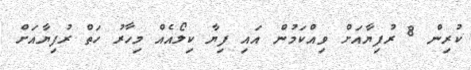
ކުރިން 8 ރުފިޔާއަށް ވިއްކަމުން އައި ފިޔާ ކިލޯއެއް މިހާރު ހަތް ރުފިޔާއަށް